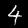
Digit: 4